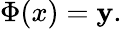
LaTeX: \Phi(x)=\mathbf{y}.